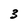
Character: 3